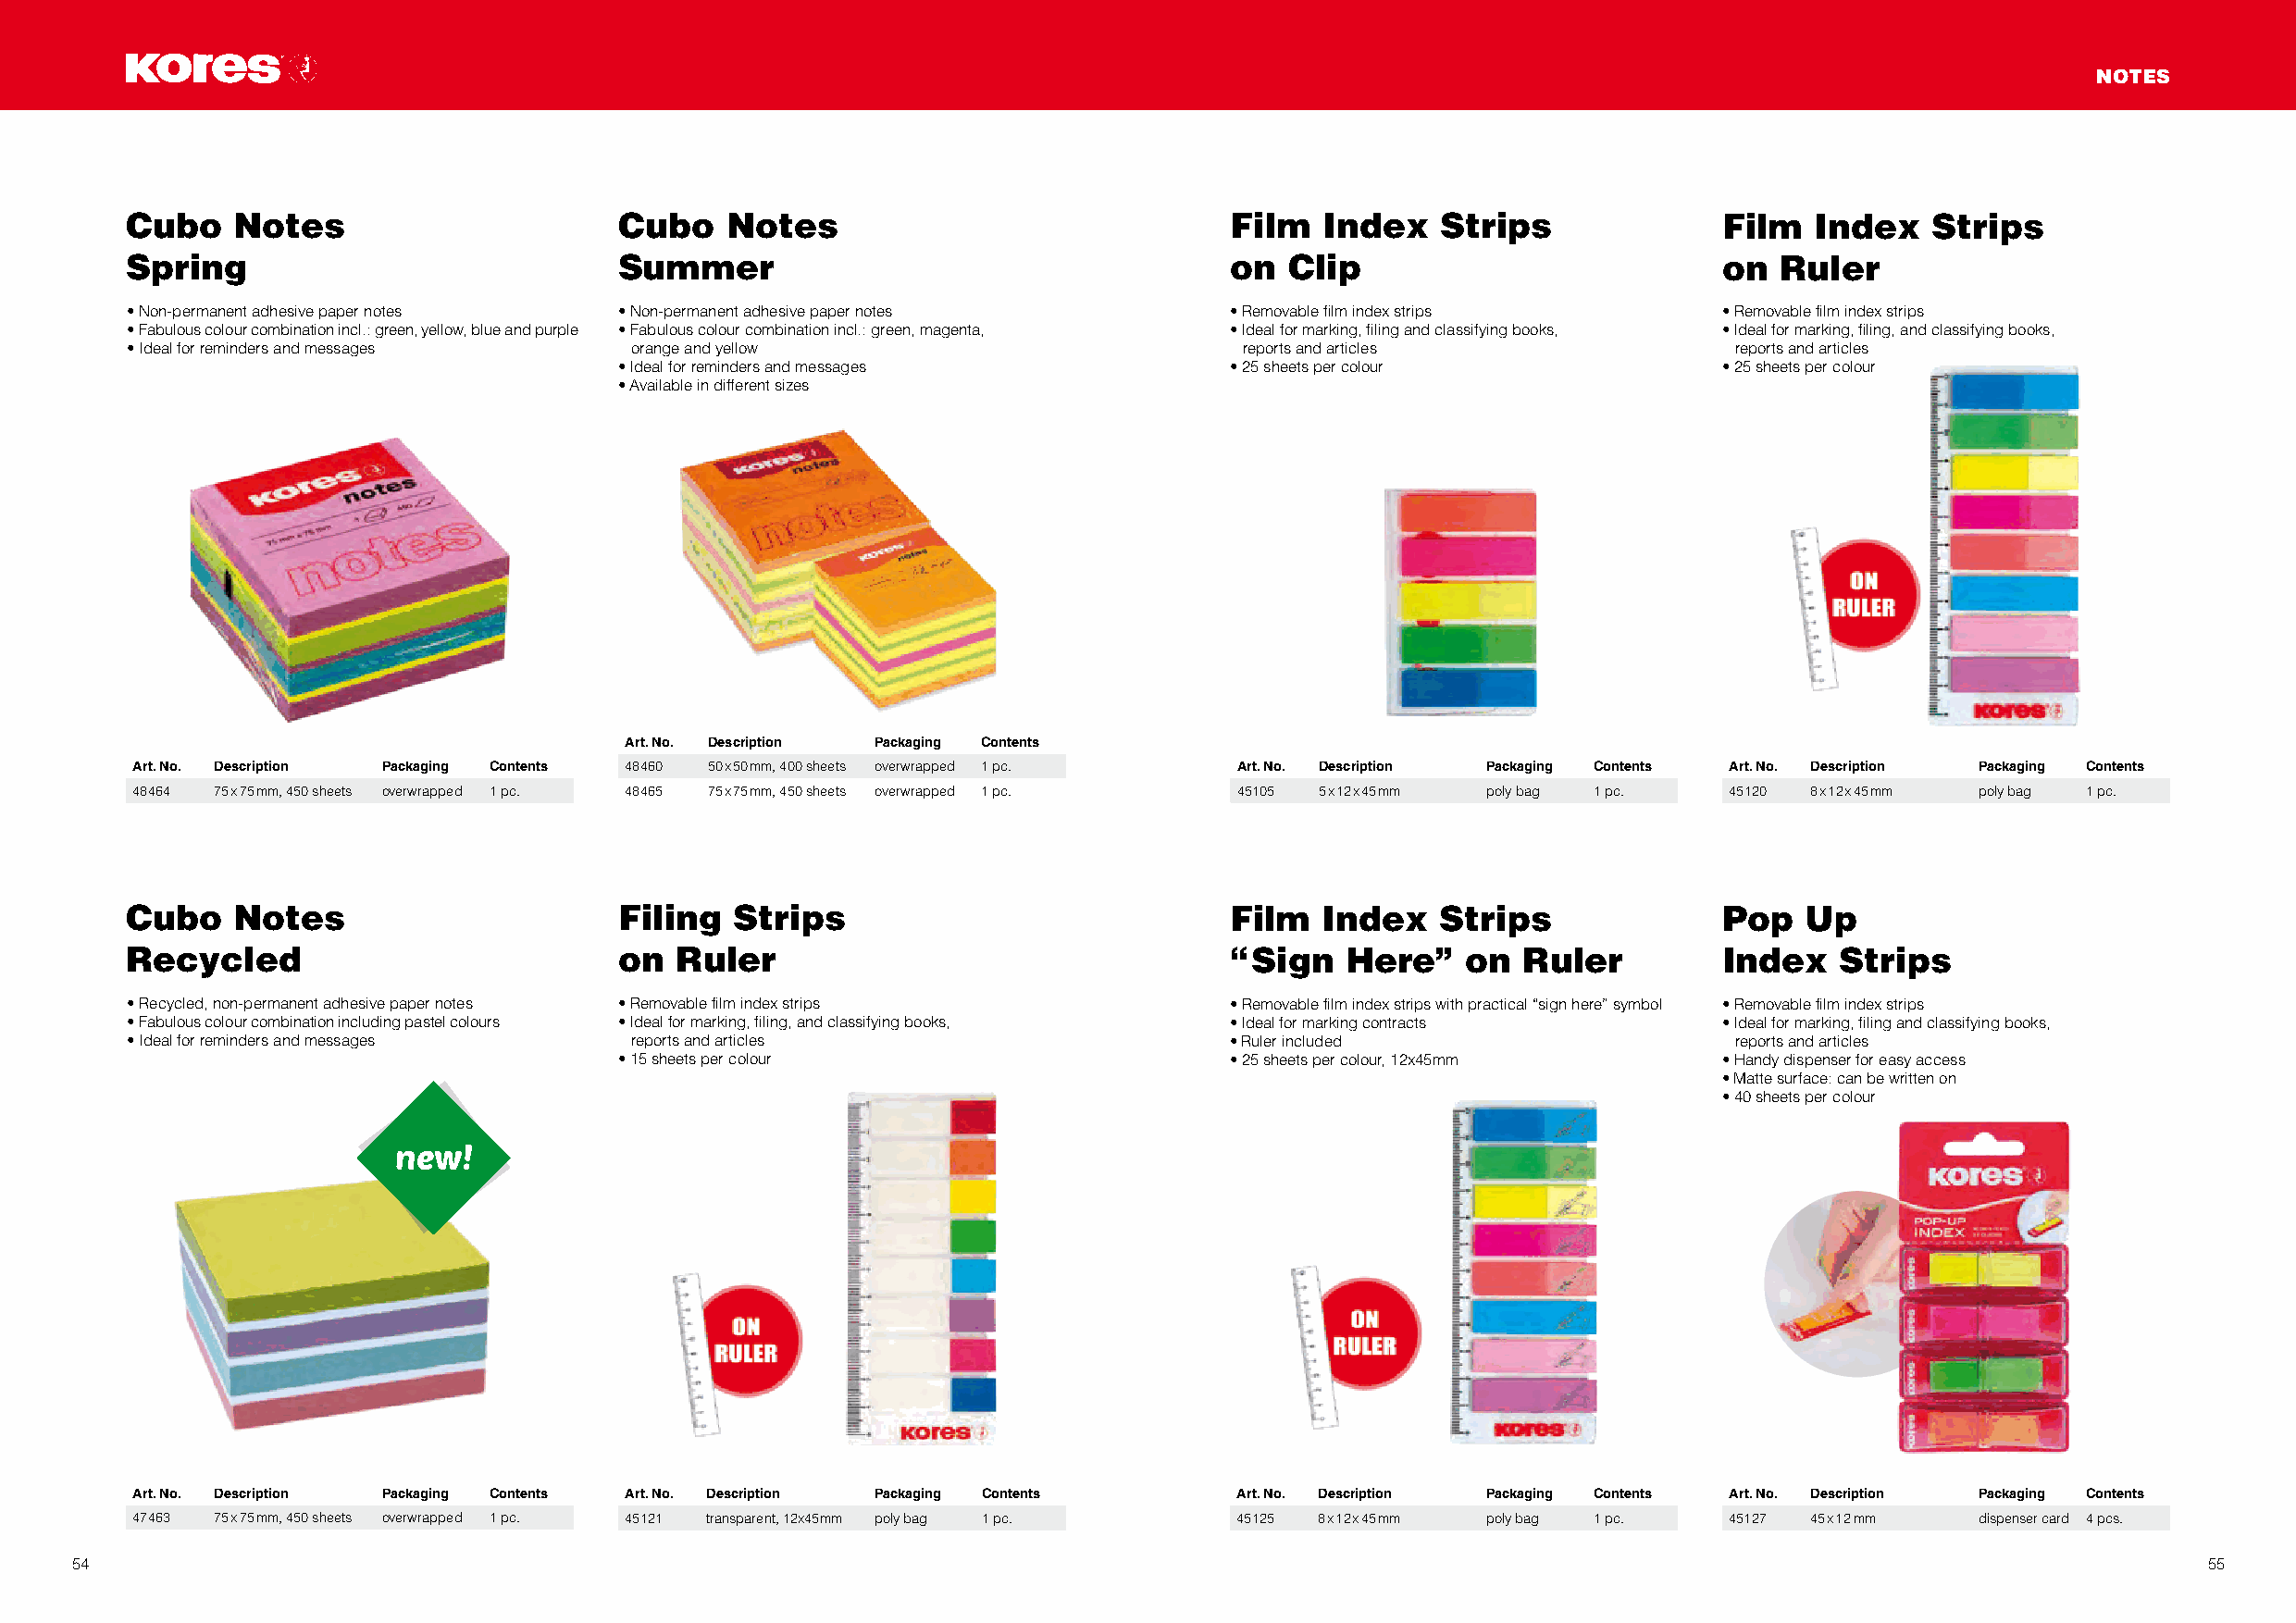
NOTES
 Cubo    Notes                      Cubo    Notes                               Film   Index   Strips              Film   Index   Strips
 Spring                             Summer                                      on  Clip                           on  Ruler
 • Non-permanent adhesive paper notes • Non-permanent adhesive paper notes      • Removable film index strips      • Removable film index strips
 • Fabulous colour combination incl.: green, yellow, blue and purple • Fabulous colour combination incl.: green, magenta, • Ideal for marking, filing and classifying books, • Ideal for marking, filing, and classifying books,
 • Ideal for reminders and messages  orange and yellow                           reports and articles               reports and articles
 • Ideal for reminders and messages          • 25 sheets per colour             • 25 sheets per colour
 • Available in different sizes
 Art. No. Description Packaging Contents
 Art. No. Description Packaging Contents 48460 50 x 50 mm, 400 sheets overwrapped 1 pc. Art. No. Description Packaging Contents Art. No. Description Packaging Contents
 48464 75 x 75 mm, 450 sheets overwrapped 1 pc. 48465 75 x 75 mm, 450 sheets overwrapped 1 pc. 45105 5 x 12 x 45 mm poly bag 1 pc. 45120 8 x 12 x 45 mm poly bag 1 pc.
 Cubo    Notes                      Filing  Strips                              Film   Index   Strips              Pop   Up
 Recycled                           on  Ruler                                   “ Sign  Here”    on  Ruler         Index    Strips
 • Recycled, non-permanent adhesive paper notes • Removable film index strips   • Removable film index strips with practical “sign here” symbol • Removable film index strips
 • Fabulous colour combination including pastel colours • Ideal for marking, filing, and classifying books, • Ideal for marking contracts • Ideal for marking, filing and classifying books,
 • Ideal for reminders and messages  reports and articles                       • Ruler included                    reports and articles
 • 15 sheets per colour                      • 25 sheets per colour, 12x45mm    • Handy dispenser for easy access
 • Matte surface: can be written on
 • 40 sheets per colour
 new!
 Art. No. Description Packaging Contents Art. No. Description Packaging Contents Art. No. Description Packaging Contents Art. No. Description Packaging Contents
 47463 75 x 75 mm, 450 sheets overwrapped 1 pc. 45121 transparent, 12x45mm poly bag 1 pc. 45125 8 x 12 x 45 mm poly bag 1 pc. 45127 45 x 12 mm dispenser card 4 pcs.
 54                                                                                                                                                       55